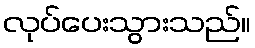
လုပ်ပေးသွားသည်။